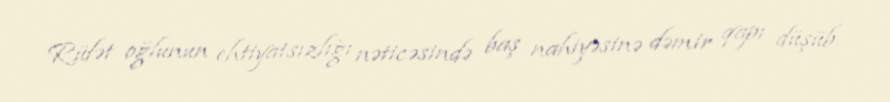
Rüfət oğlunun ehtiyatsızlığı nəticəsində baş nahiyəsinə dəmir qapı düşüb.